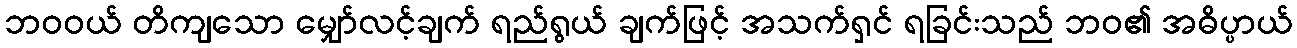
ဘဝဝယ် တိကျသော မျှော်လင့်ချက် ရည်ရွယ် ချက်ဖြင့် အသက်ရှင် ရခြင်းသည် ဘဝ၏ အဓိပ္ပာယ်